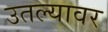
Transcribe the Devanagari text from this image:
उतल्यावर